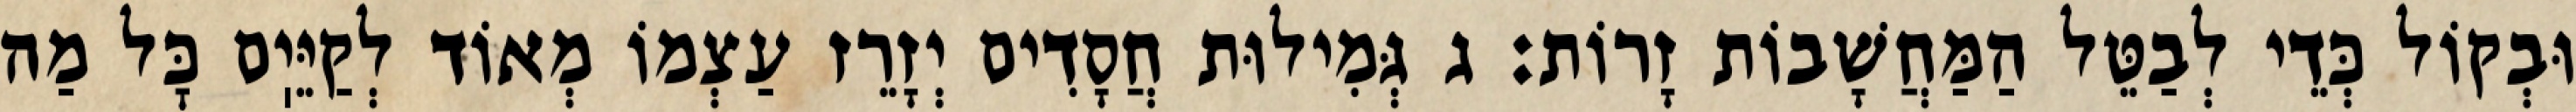
וּבְקוֹל כְּדֵי לְבַטֵּל הַמַּחֲשָׁבוֹת זָרוֹת: ג גְּמִילוּת חֲסָדִים יְזָרֵז עַצְמוֹ מְאוֹד לְקַיֵּיֽם כׇּל מַה